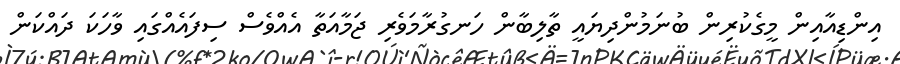
އިންޑިއާއިން މީގެކުރިން ބުނަމުންދިޔައީ ތާލިބާން ހަނގުރާމަވެރި ޖަމާއަތާ އެއްވެސް ސިފައެއްގައި ވާހަކަ ދައްކަން